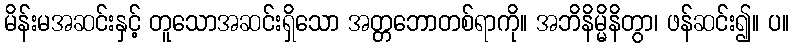
မိန်းမအဆင်းနှင့် တူသောအဆင်းရှိသော အတ္တဘောတစ်ရာကို။ အဘိနိမ္မိနိတွာ၊ ဖန်ဆင်း၍။ ပ။